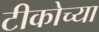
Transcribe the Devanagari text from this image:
टीकोच्या